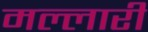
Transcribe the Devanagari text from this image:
मल्लारी